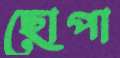
ছোপা